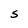
Character: S